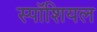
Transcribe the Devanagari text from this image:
स्पॉशियल